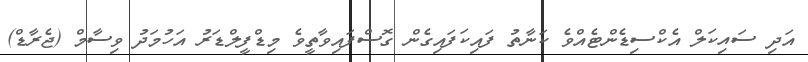
އަދި ސައިކަލް އެކްސިޑެންޓެއްވެ ކަނާތު ފައިކަފައިގެން ގޮސްފައިވާތީވެ މިޑްފީލްޑަރު އަހުމަދު ވިސާމް (ޖެރާޑް)